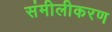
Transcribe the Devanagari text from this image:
संमीलीकरण